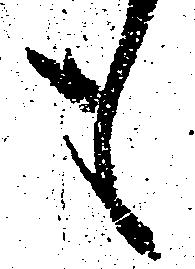
も